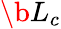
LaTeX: \b{L_{c}}